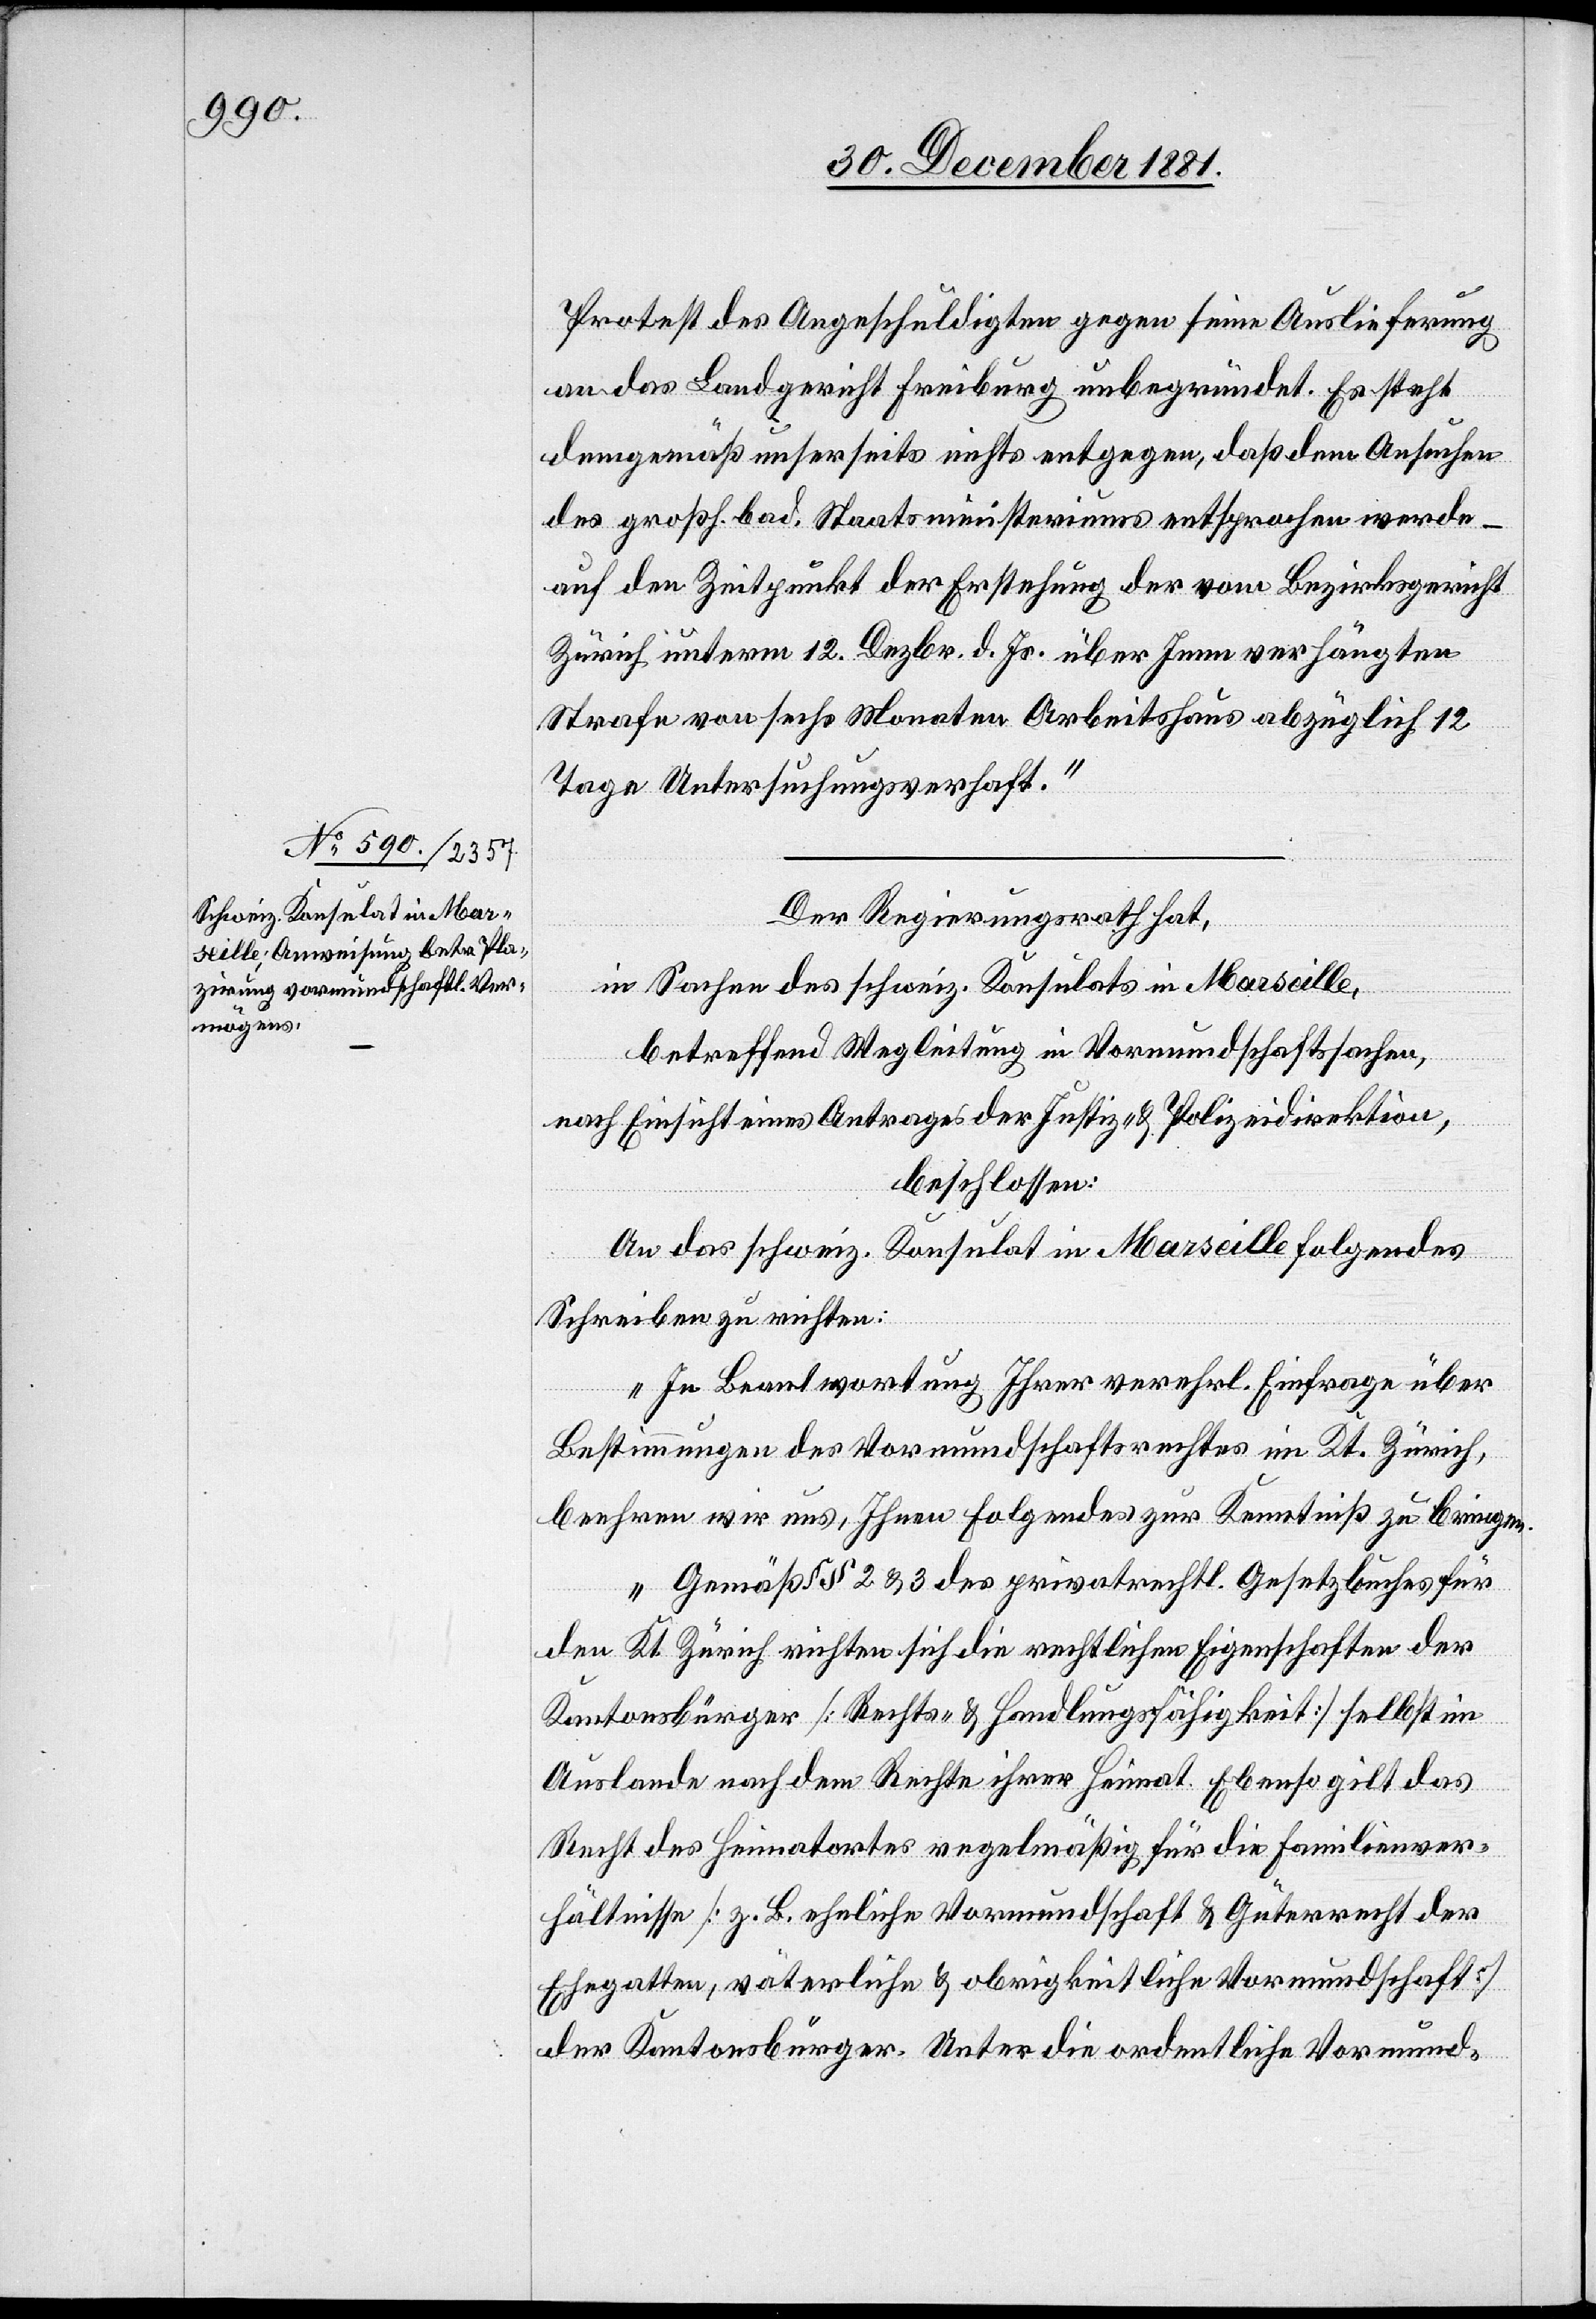
Protest des Angeschuldigten gegen seine Auslieferung
an das Landgericht Freiburg unbegründet. Es steht
demgemäß unserseits nichts entgegen, daß dem Ansuchen
des großh. bad. Staatsministeriums entsprochen werde
auf den Zeitpunkt der Erstehung der vom Bezirksgericht
Zürich unterm 12. Dezbr. d. Js. über Jenn verhängten
Strafe von sechs Monaten Arbeitshaus abzüglich 12
Tage Untersuchungsverhaft.
Der Regierungsrath hat,
in Sachen des schweiz. Konsulats in Marseille,
betreffend Wegleitung in Vormundschaftssachen,
nach Einsicht eines Antrages der Justiz- & Polizeidirektion,
beschlossen:
An das schweiz. Konsulat in Marseille folgendes
Schreiben zu richten:
„In Beantwortung Ihrer verehrl. Einfrage über
Bestimmungen des Vormundschaftsrechtes im Kt. Zürich,
beehren wir uns, Ihnen folgendes zur Kenntniß zu bringen.
Gemäß § 2 & 3 des privatrechtl. Gesetzbuches für
den Kt. Zürich richten sich die rechtlichen Eigenschaften der
Kantonsbürger [Rechts- & Handlungsfähigkeit] selbst im
Auslande nach dem Rechte ihrer Heimat. Ebenso gilt das
Recht des Heimatortes regelmäßig für die Familienver¬
hältnisse [z. B. eheliche Vormundschaft & Güterrecht der
Ehegatten, väterliche & obrigkeitliche Vormundschaft]
der Kantonsbürger. Unter die ordentliche Vormund-